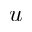
u